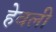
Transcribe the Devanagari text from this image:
हेवली